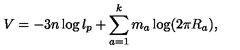
V = - 3 n \log l _ { p } + \sum _ { a = 1 } ^ { k } m _ { a } \log ( 2 \pi R _ { a } ) ,